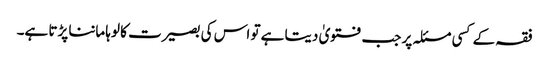
فقہ کے کسی مسئلہ پر جب فتویٰ دیتا ہے تو اس کی بصیرت کا لوہا ماننا پڑتا ہے۔